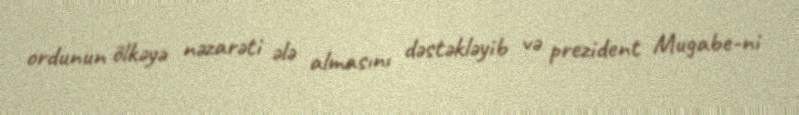
ordunun ölkəyə nəzarəti ələ almasını dəstəkləyib və prezident Mugabe-ni